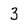
Character: 3